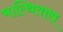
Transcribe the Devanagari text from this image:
मात्थियास